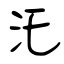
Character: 汑